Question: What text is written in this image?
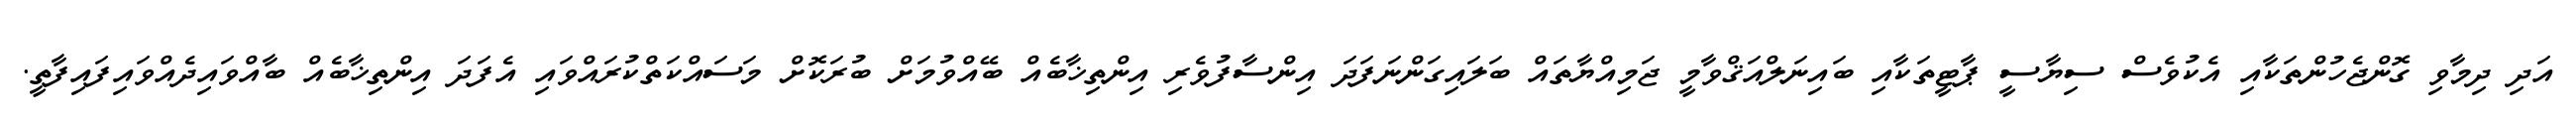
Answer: އަދި ދިމާވި ގޮންޖެހުންތަކާއި އެކުވެސް ސިޔާސީ ޕާޓީތަކާއި ބައިނަލްއަޤްވާމީ ޖަމިއްޔާތައް ބަލައިގަންނަފަދަ އިންސާފުވެރި އިންތިޚާބެއް ބޭއްވުމަށް ބުރަކޮށް މަސައްކަތްކުރައްވައި އެފަދަ އިންތިޚާބެއް ބާއްވައިދެއްވައިފައިފާތީ.